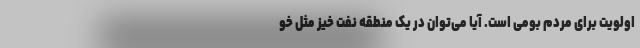
اولویت برای مردم بومی است. آیا می‌توان در یک منطقه نفت خیز مثل خو